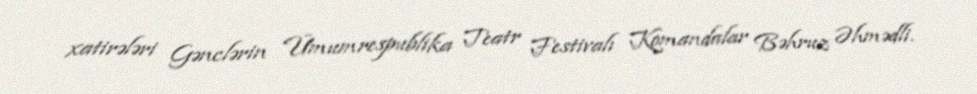
xatirələri Gənclərin Ümumrespublika Teatr Festivalı Komandalar Bəhruz Əhmədli.